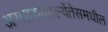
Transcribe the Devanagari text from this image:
अग्वासकाल्येंतेसमधील